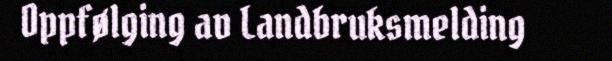
Oppfølging av Landbruksmelding